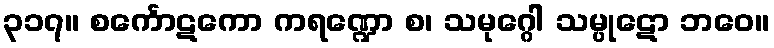
၃၁၇။ စင်္ကောဋကော ကရဏ္ဍော စ၊ သမုဂ္ဂေါ သမ္ပုဋော ဘဝေ။